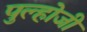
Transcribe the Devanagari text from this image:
पुल्होजी